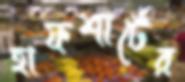
হাফশার্টের